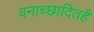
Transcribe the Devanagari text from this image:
वनाच्‍छादितहै